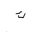
Letter: _kaf